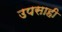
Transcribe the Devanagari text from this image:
उपसाही